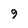
Character: 9